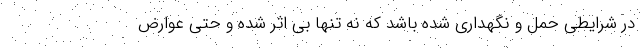
در شرایطی حمل و نگهداری شده باشد که نه تنها بی اثر شده و حتی عوارض